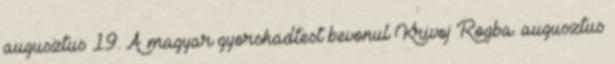
augusztus 19. A magyar gyorshadtest bevonul Krivoj Rogba. augusztus